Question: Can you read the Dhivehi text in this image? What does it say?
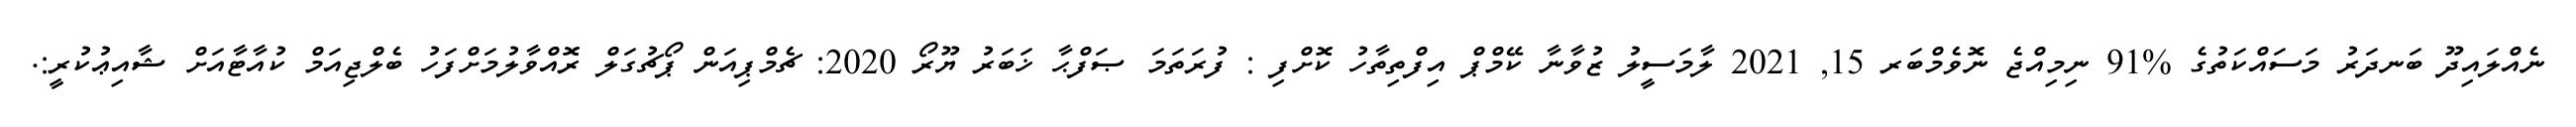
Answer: ނެއްލައިދޫ ބަނދަރު މަސައްކަތުގެ %91 ނިމިއްޖެ ނޮވެމްބަރ 15, 2021 ލާމަސީލު ޒުވާނާ ކޭމްޕް އިފްތިތާހު ކޮށްފި : ފުރަތަމަ ޞަފްޙާ ޚަބަރު ޔޫރޯ 2020: ޗެމްޕިއަން ޕޯޗުގަލް ރޮއްވާލުމަށްފަހު ބެލްޖިއަމް ކުއާޓާއަށް ޝާއިޢުކުރީ:.